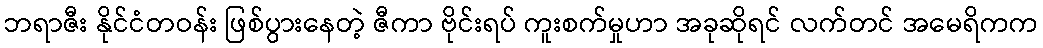
ဘရာဇီး နိုင်ငံတဝန်း ဖြစ်ပွားနေတဲ့ ဇီကာ ဗိုင်းရပ် ကူးစက်မှုဟာ အခုဆိုရင် လက်တင် အမေရိကက